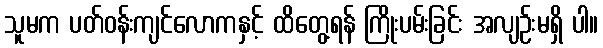
သူမက ပတ်ဝန်းကျင်လောကနှင့် ထိတွေ့ရန် ကြိုးပမ်းခြင်း အလျဉ်းမရှိ ပါ။